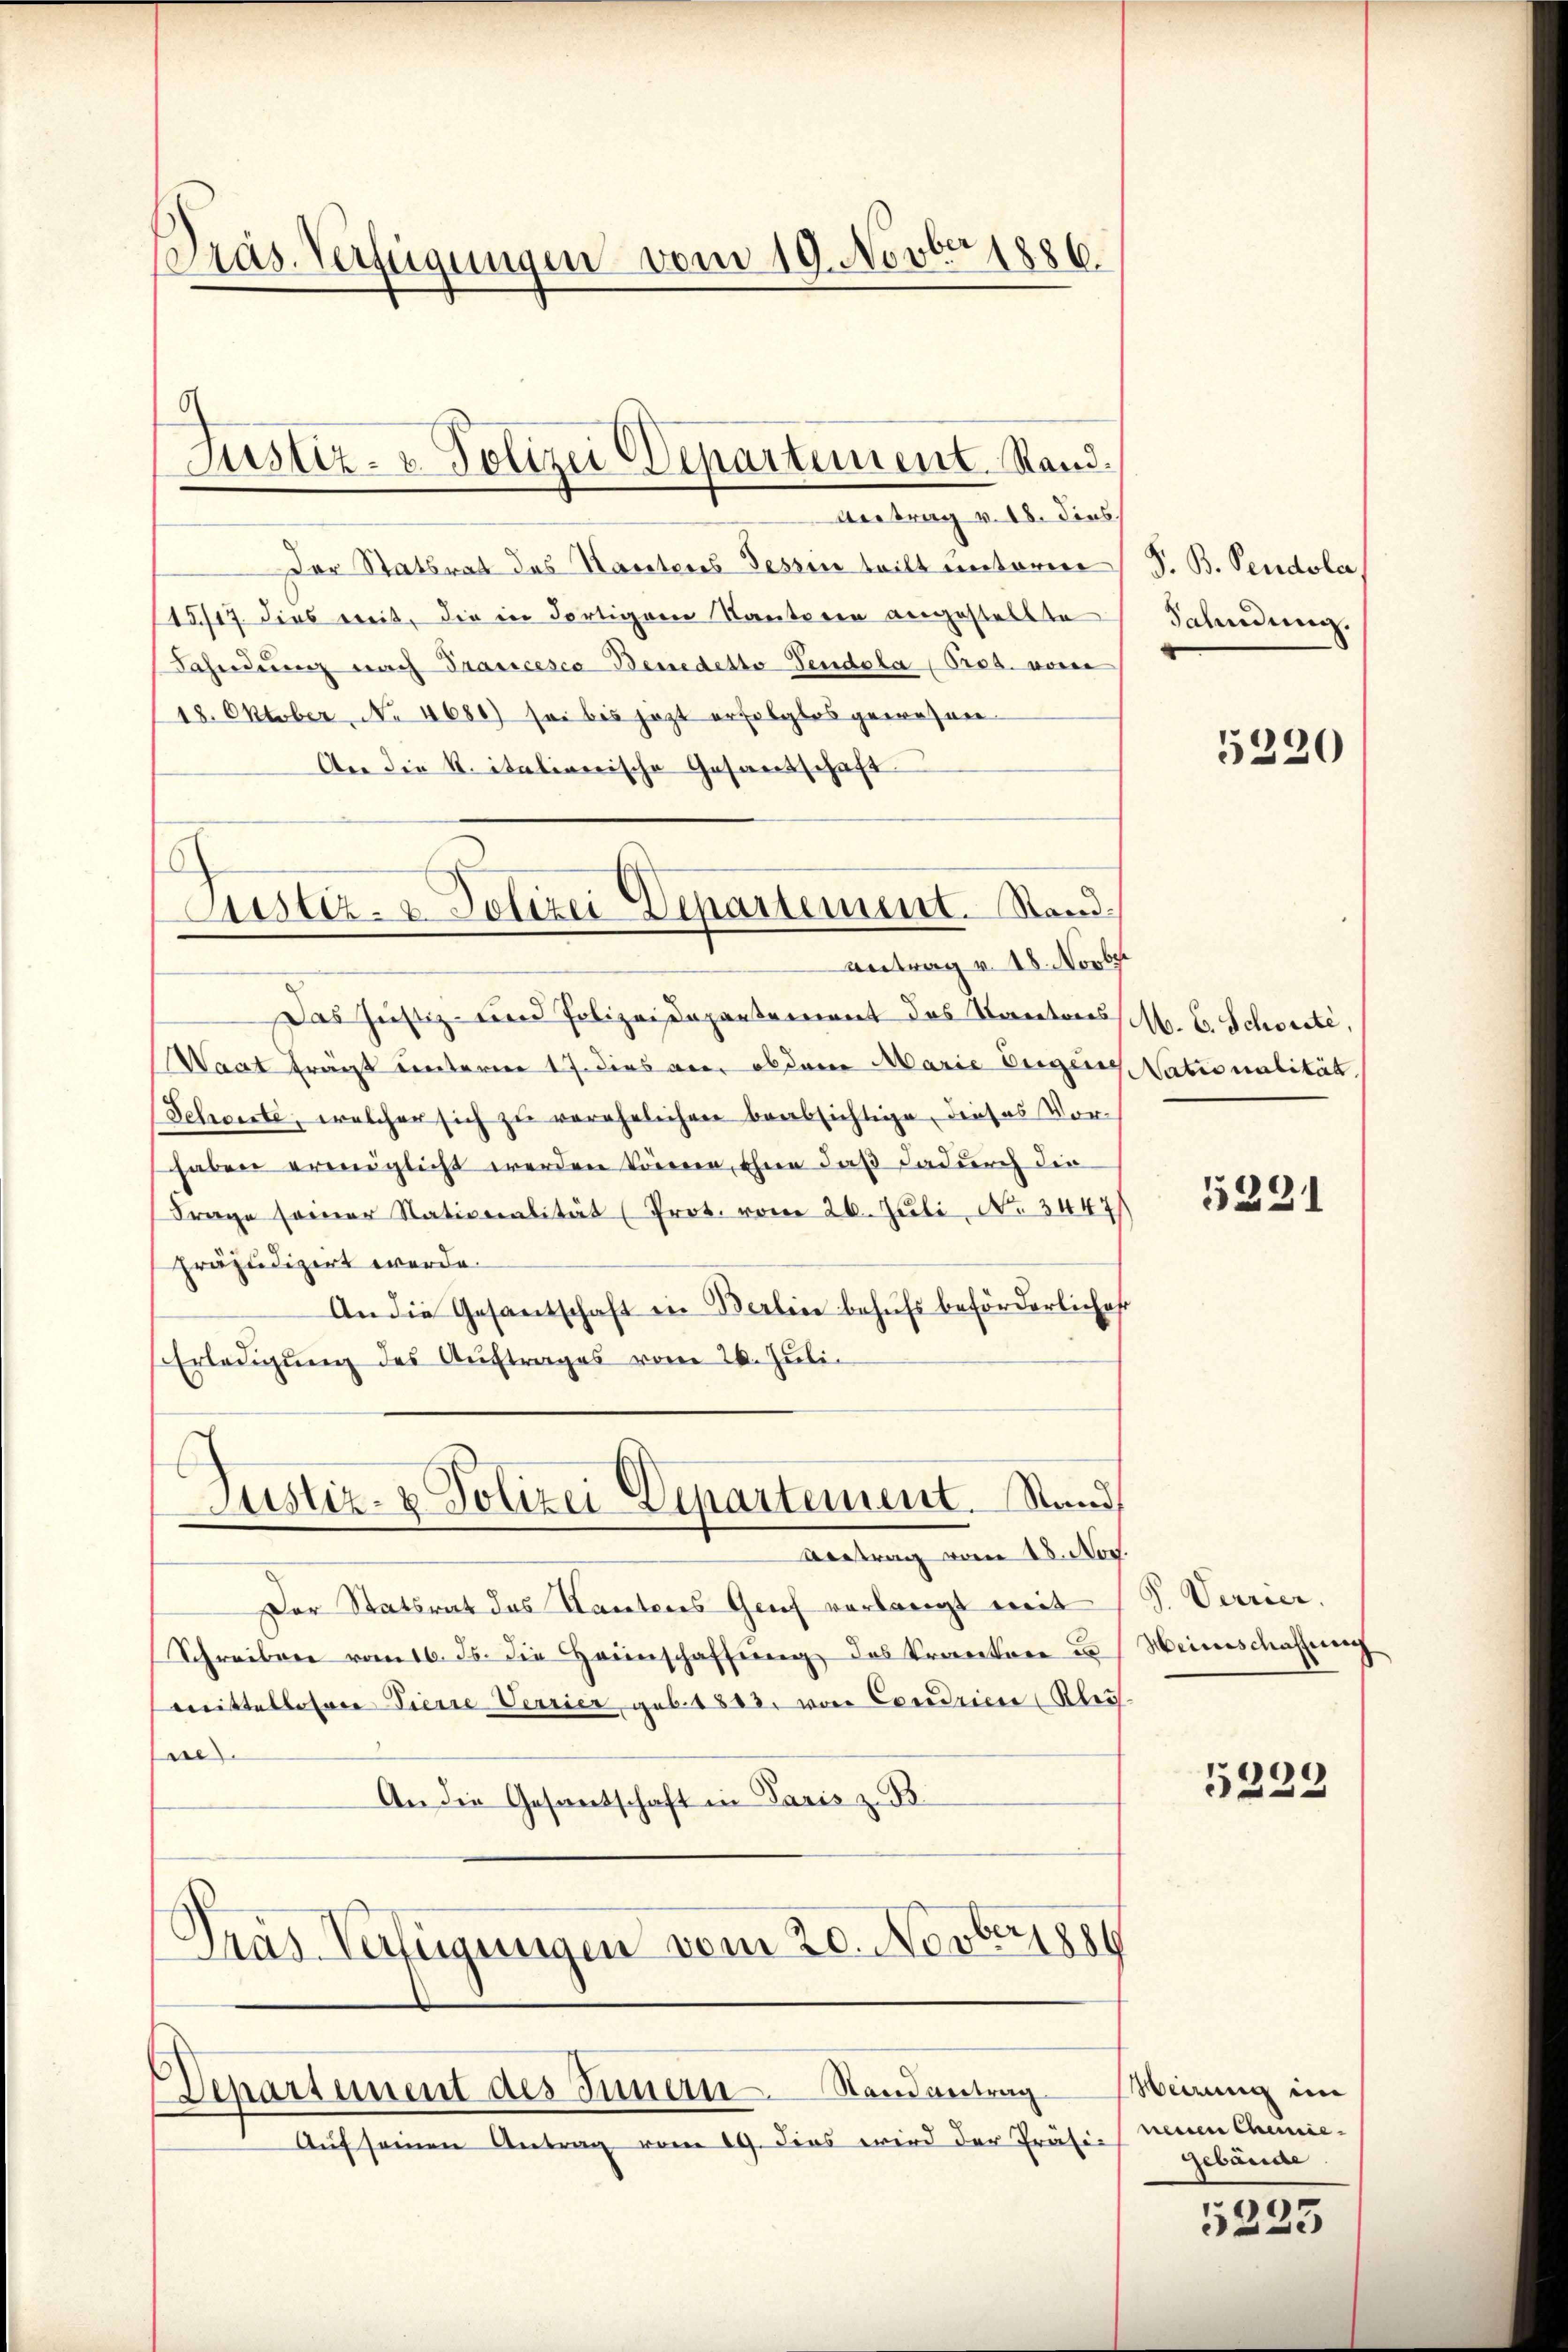
Präs. Verfügungen vom 19. Novber 1886.

Vertrag v. 18. dies
Der Statsrat des Karteres Sessen teilt unterme
15717. dies ereit, die in dortigem Kantoren angestellte
Fahndung nach Prasicesco Benedetto Sendola (Prod. vorne
18. Oktober, No 4680) sei bis jezt erfolglos gewesen.
An die K. italionische Gesantschaft.

g
Justiz- & Polizei Departement. Stand.

Justiz- & Polizei Departement. Stand
Antrag v. 18. Novbr

Das Justiz- und Polizeidepartement das Kantores
Waat fragt unteren 17. dies an, ob dann Marie begeg
Schönste, welcher sich zu verehelichen beabsichtige, dieses Vor-
haben ermöglicht werden können, ohne daß dadurch die
Frage seiner Nationalität (Prot. vom 26. Juli, No. 3447
Präjudizirt werde.
An die Gesantschaft in Berlin behŭfs beförderlicher
Erledigŭng des Aŭftrages vom 20. Jŭli
x
Justiz- & Polizei Departement. Rand,

Vertrag vom 18. Nov.
Der Statsrat das Kantons Genf verlangt mit
Schreiben vom 16. ds. die Haunschaffung des Practore u
mittelloser Tiere Verrier geb. 1883, von Cordrien Klei-
se
An die Gesantschaft in Paris z. B.
s
Cras Verfügungen vom 20. Novber 188

Departement des Innern Randantrag

Aŭf seinen Antrag vom 19. dies wird der Präsi-

J. B. Pendolar
Fahndung.

5220

M. E. Schonte,
Nationalität.

5231

S. Verrier.
Weinschaffung

5229

Weirung im
neuen Chemie¬
Gebäude

5233